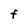
Character: F